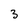
Character: 3